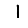
Digit: 1